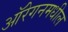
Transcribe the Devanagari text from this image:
ऑरेगनमधील